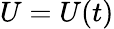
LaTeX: U=U(t)